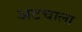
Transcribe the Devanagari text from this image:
अटचाला